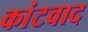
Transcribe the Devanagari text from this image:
कांटवाद